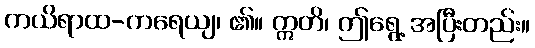
ကယိရာထ-ကရေယျ၊ ၏။ ဣတိ၊ ဤရွေ့ အပြီးတည်း။